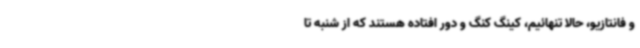
و فانتازیو، حالا تنهائیم، کینگ کنگ و دور افتاده هستند که از شنبه تا